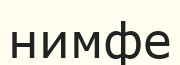
нимфе